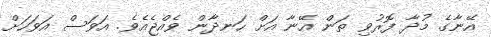
އޭނާގެ މުދާ ފޮރުވި ތަން އޭނާ އަށް ހަނދާން ވެއްޖެއެވެ. އަވަސް އަވަހަށް